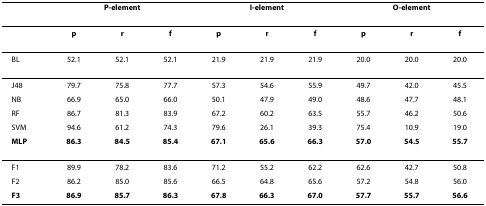
<table><thead><tr><td></td><td colspan="3"><b>P-element</b></td><td colspan="3"><b>I-element</b></td><td colspan="3"><b>O-element</b></td></tr></thead><tbody><tr><td></td><td><b>p</b></td><td><b>r</b></td><td><b>f</b></td><td><b>p</b></td><td><b>r</b></td><td><b>f</b></td><td><b>p</b></td><td><b>r</b></td><td><b>f</b></td></tr><tr><td>BL</td><td>52.1</td><td>52.1</td><td>52.1</td><td>21.9</td><td>21.9</td><td>21.9</td><td>20.0</td><td>20.0</td><td>20.0</td></tr><tr><td>J48</td><td>79.7</td><td>75.8</td><td>77.7</td><td>57.3</td><td>54.6</td><td>55.9</td><td>49.7</td><td>42.0</td><td>45.5</td></tr><tr><td>NB</td><td>66.9</td><td>65.0</td><td>66.0</td><td>50.1</td><td>47.9</td><td>49.0</td><td>48.6</td><td>47.7</td><td>48.1</td></tr><tr><td>RF</td><td>86.7</td><td>81.3</td><td>83.9</td><td>67.2</td><td>60.2</td><td>63.5</td><td>55.7</td><td>46.2</td><td>50.6</td></tr><tr><td>SVM</td><td>94.6</td><td>61.2</td><td>74.3</td><td>79.6</td><td>26.1</td><td>39.3</td><td>75.4</td><td>10.9</td><td>19.0</td></tr><tr><td><b>MLP</b></td><td><b>86.3</b></td><td><b>84.5</b></td><td><b>85.4</b></td><td><b>67.1</b></td><td><b>65.6</b></td><td><b>66.3</b></td><td><b>57.0</b></td><td><b>54.5</b></td><td><b>55.7</b></td></tr><tr><td>F1</td><td>89.9</td><td>78.2</td><td>83.6</td><td>71.2</td><td>55.2</td><td>62.2</td><td>62.6</td><td>42.7</td><td>50.8</td></tr><tr><td>F2</td><td>86.2</td><td>85.0</td><td>85.6</td><td>66.5</td><td>64.8</td><td>65.6</td><td>57.2</td><td>54.8</td><td>56.0</td></tr><tr><td><b>F3</b></td><td><b>86.9</b></td><td><b>85.7</b></td><td><b>86.3</b></td><td><b>67.8</b></td><td><b>66.3</b></td><td><b>67.0</b></td><td><b>57.7</b></td><td><b>55.7</b></td><td><b>56.6</b></td></tr></tbody></table>